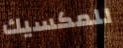
للمكسيك